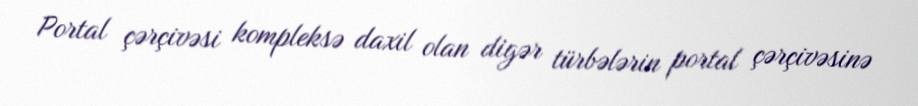
Portal çərçivəsi kompleksə daxil olan digər türbələrin portal çərçivəsinə